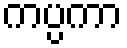
ကပ္ပကာ